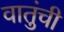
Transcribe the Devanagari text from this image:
वातुंची